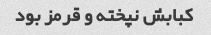
کبابش نپخته و قرمز بود